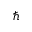
\hslash